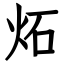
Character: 炻